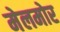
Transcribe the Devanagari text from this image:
मेलमोर